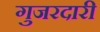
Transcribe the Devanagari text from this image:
गुजरदारी